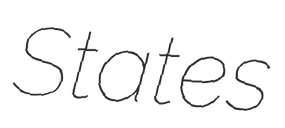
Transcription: States